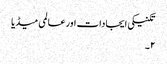
تکنیکی ایجادات اور عالمی میڈیا
۲۔